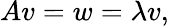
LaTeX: Av=w=\lambda v,